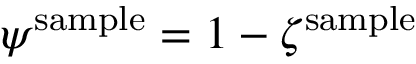
\psi ^ { \mathrm { s a m p l e } } = 1 - \zeta ^ { \mathrm { s a m p l e } }